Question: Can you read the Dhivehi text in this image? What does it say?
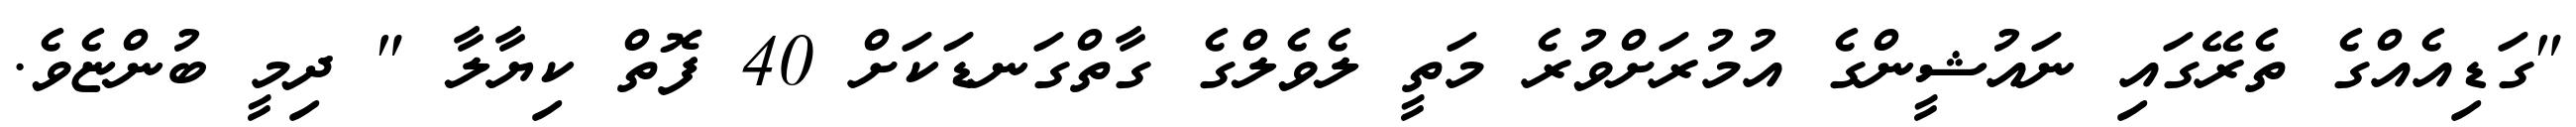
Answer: "ގަޑިއެއްގެ ތެރޭގައި ނައުޝީންގެ އުމުރަށްވުރެ މަތީ ލެވެލްގެ ގާތްގަނޑަކަށް 40 ފޮތް ކިޔާލާ " ދިމީ ބުންޏެވެ.